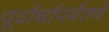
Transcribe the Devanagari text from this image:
पूर्वार्धापर्यंतचे